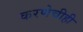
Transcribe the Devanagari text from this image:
करणेचीही